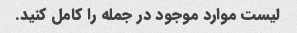
لیست موارد موجود در جمله را کامل کنید.